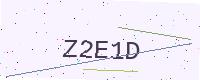
Text: Z2E1D